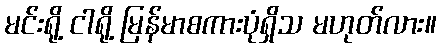
မင်းရို့ ငါရို့ မြန်မာစကားပုံရှိသ မဟုတ်လား။